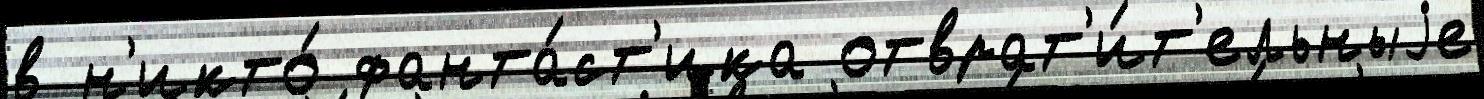
в н'икто́ фанта́ст'ика отврат'и́т'ельныjе